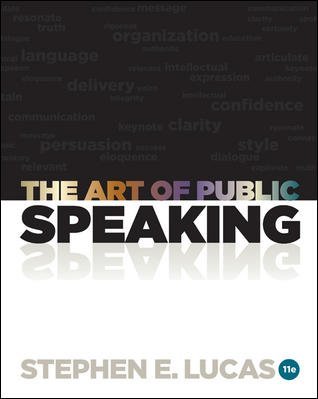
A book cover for The Art of Public Speaking with Connect Plus Access Card; Stephen Lucas; Reference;